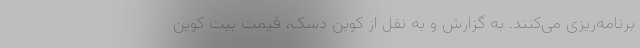
برنامه‌ریزی می‌کنند. به گزارش و به نقل از کوین دِسک، قیمت بیت کوین